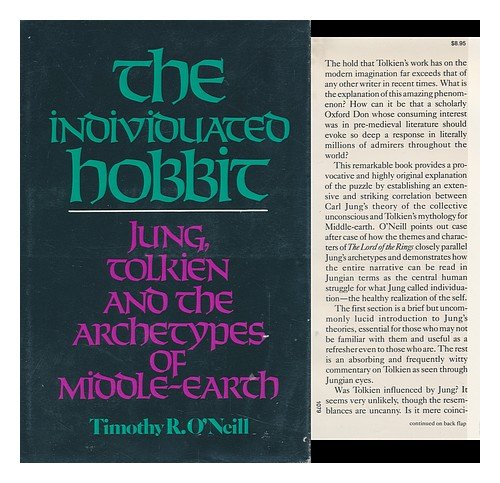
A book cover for The Individuated Hobbit: Jung, Tolkien and the Archetypes of Middle-Earth; Timothy R. O'Neill; Science Fiction & Fantasy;